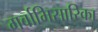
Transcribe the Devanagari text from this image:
गर्वाभिसारिका